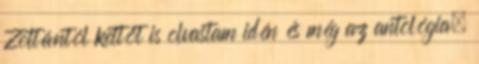
Zoltántól kettőt is olvastam idén és még az antológia,